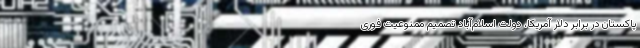
پاکستان در برابر دلار آمریکا، دولت اسلام‌آباد تصمیم ممنوعیت فوری